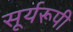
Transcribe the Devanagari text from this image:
सूर्यरूपी